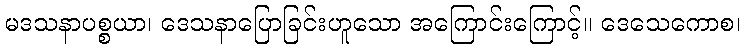
မဒသနာပစ္စယာ၊ ဒေသနာပြောခြင်းဟူသော အကြောင်းကြောင့်။ ဒေသေကောစ၊